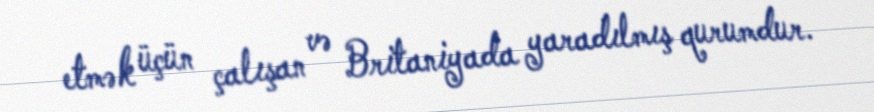
etmək üçün çalışan və Britaniyada yaradılmış qurumdur.